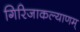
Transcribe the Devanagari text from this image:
गिरिजाकल्याणम्